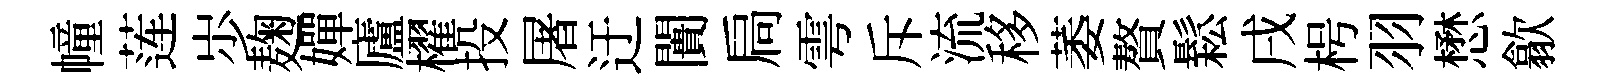
幢莲𡵯麹嬋廬櫂投屠迂闠扃雩斥流移萎贅鬆戌枵羽懋歙